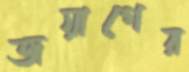
জয়াগের